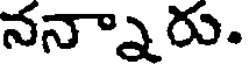
నన్నారు.